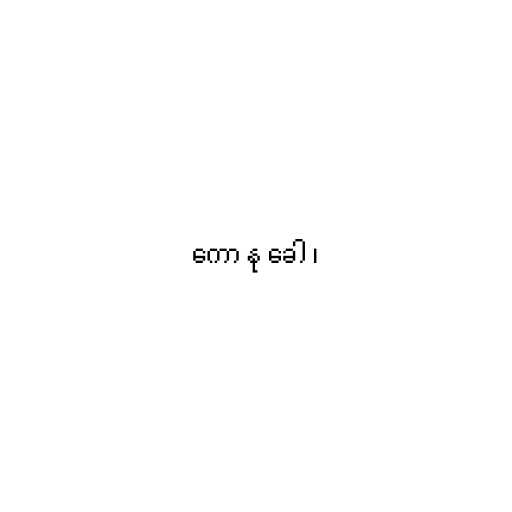
ကော နု ခေါ ၊